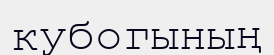
кубогының